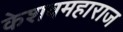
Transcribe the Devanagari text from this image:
केशवमहाराज